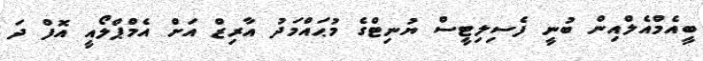
ބީއެމްއެލްއިން ބުނީ ފެސިލިޓީސް ޔުނިޓްގެ މުޙައްމަދު އާރިޒް އަށް އެމްޕްލޯއީ އޮފް ދަ